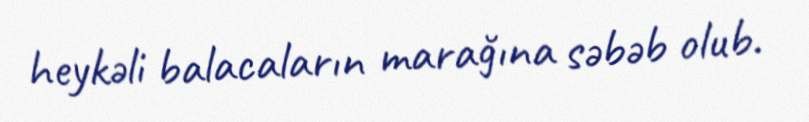
heykəli balacaların marağına səbəb olub.